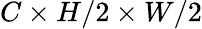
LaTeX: C\times H/2\times W/2